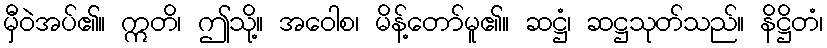
မှီဝဲအပ်၏။ ဣတိ၊ ဤသို့။ အဝေါစ၊ မိန့်တော်မူ၏။ ဆဋ္ဌံ၊ ဆဋ္ဌသုတ်သည်။ နိဋ္ဌိတံ၊